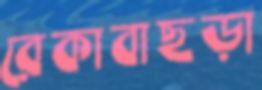
রেকাবাছড়া